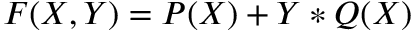
F ( X , Y ) = P ( X ) + Y * Q ( X )